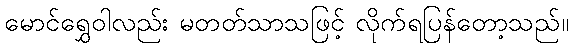
မောင်ရွှေဝါလည်း မတတ်သာသဖြင့် လိုက်ရပြန်တော့သည်။